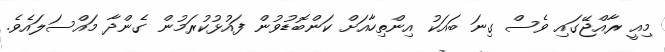
މިއީ ރާއްޖޭގައި ވެސް ގިނަ ބައަކު އިންތިހާއަށް ކަންބޮޑުވުން ފައުޅުކުރަމުން ގެންދާ މައްސަލައެވެ.